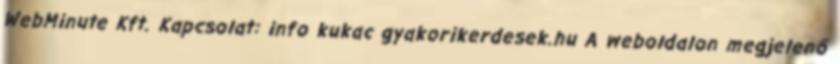
WebMinute Kft. Kapcsolat: info kukac gyakorikerdesek.hu A weboldalon megjelenő